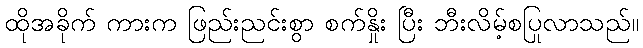
ထိုအခိုက် ကားက ဖြည်းညင်းစွာ စက်နှိုး ပြီး ဘီးလိမ့်စပြုလာသည်။